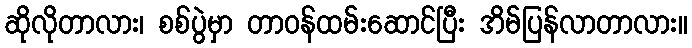
ဆိုလိုတာလား၊ စစ်ပွဲမှာ တာဝန်ထမ်းဆောင်ပြီး အိမ်ပြန်လာတာလား။